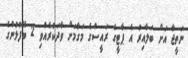
ނަތީޖާ އަށް ބަލާއިރު އެ ޕާޓީގެ ރައީސްގެ މަގާމަށް ވާދަކުރެއްވި 2 ބޭފުޅުންގެ